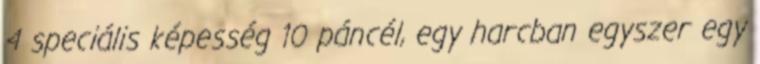
4 speciális képesség 10 páncél, egy harcban egyszer egy